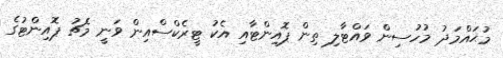
މުޙައްމަދު މުހުސިން ވައްޓާލި ތިން ޕޮއިންޓާއި އެކު ޓީރެކްސްއިން ވަނީ މެޗު ޕޮއިންޓުގެ